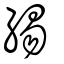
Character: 緆